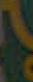
"